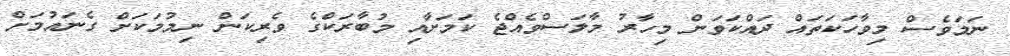
ނަމަވެސް މިވާހަކަތައް ދައްކަވަން މިހާރު މާލަސްވެއްޖެ ކަމަށާއި މުބާރަކްގެ ވެރިކަން ނިމުމަކަށް ގެނައުމަށް